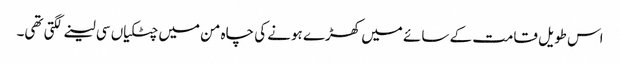
اس طویل قامت کے سائے میں کھڑے ہونے کی چاہ من میں چٹکیاں سی لینے لگتی تھی۔